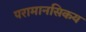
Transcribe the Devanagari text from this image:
परामानसिकय